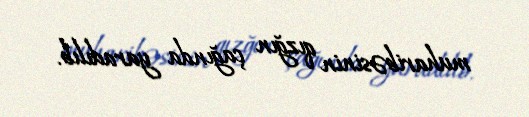
muharibəsinin qızğın çağında yaradılıb.